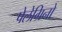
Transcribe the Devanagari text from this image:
पेलेग्रिनो